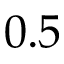
0 . 5